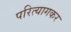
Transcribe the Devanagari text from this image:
परित्यागकर